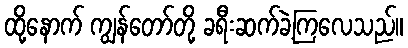
ထို့နောက် ကျွန်တော်တို့ ခရီးဆက်ခဲ့ကြလေသည်။